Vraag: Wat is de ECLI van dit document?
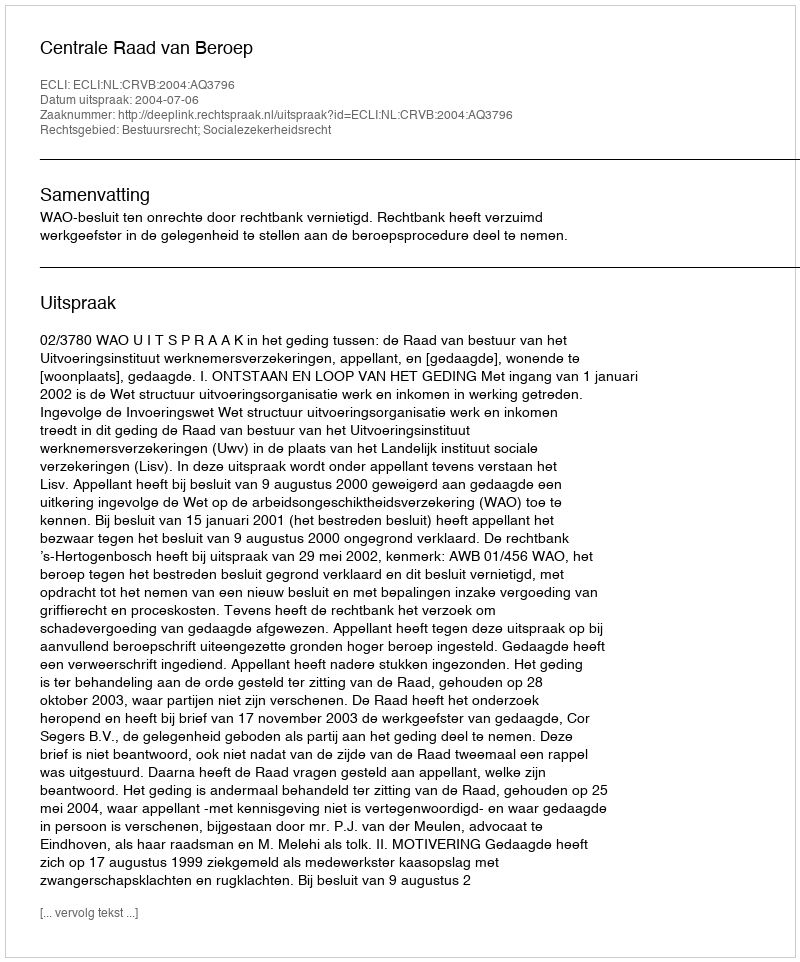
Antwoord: ECLI:NL:CRVB:2004:AQ3796